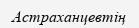
Астраханцевтің